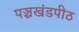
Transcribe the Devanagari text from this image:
पञ्चखंडपीठ